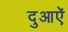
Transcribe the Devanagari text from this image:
दुआऐं